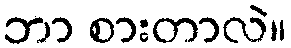
ဘာ စားတာလဲ။